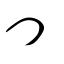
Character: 刂